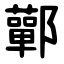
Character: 鄿